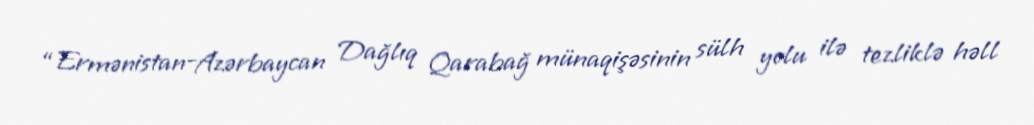
“Ermənistan-Azərbaycan Dağlıq Qarabağ münaqişəsinin sülh yolu ilə tezliklə həll